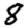
Digit: 8